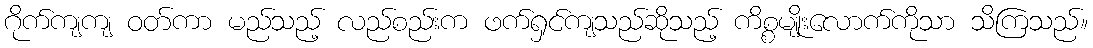
ဂိုက်ကျကျ ဝတ်ကာ မည်သည့် လည်စည်းက ဖက်ရှင်ကျသည်ဆိုသည့် ကိစ္စမျိုးလောက်ကိုသာ သိကြသည်။